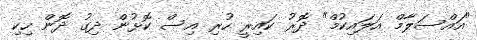
"އައްސަލާމް އަލައިކުމް" ދޮރު ކައިރީ ހުރި އިސް ކޮޅުން ދިގު ދޮން ހިކި